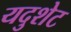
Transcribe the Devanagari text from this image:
यदुशेट